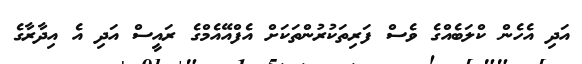
އަދި އެހެން ކްލަބެއްގެ ވެސް ފަރިތަކުރުންތަކަށް އެފްއޭއެމްގެ ރައީސް އަދި އެ އިދާރާގެ